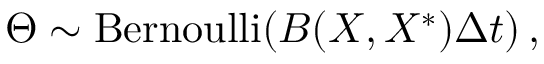
\Theta \sim \operatorname { B e r n o u l l i } \! \left( B ( X , X ^ { \ast } ) \Delta { t } \right) ,